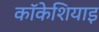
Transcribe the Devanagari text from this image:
कॉकेशियाइ